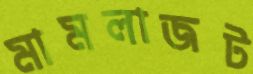
মামলাজট